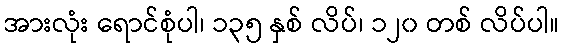
အားလုံး ရောင်စုံပါ၊ ၁၃၅ နှစ် လိပ်၊ ၁၂၀ တစ် လိပ်ပါ။